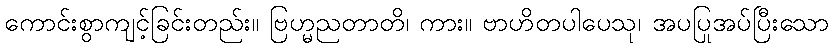
ကောင်းစွာကျင့်ခြင်းတည်း။ ဗြဟ္မညတာတိ၊ ကား။ ဗာဟိတပါပေသု၊ အပပြုအပ်ပြီးသော